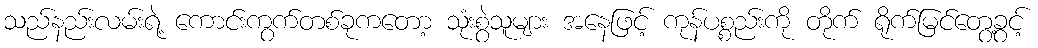
သည်နည်းလမ်းရဲ့ ကောင်းကွက်တစ်ခုကတော့ သုံးစွဲသူများ အနေဖြင့် ကုန်ပစ္စည်းကို တိုက် ရိုက်မြင်တွေ့ခွင့်